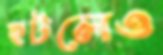
হটলেও